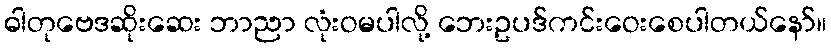
ဓါတုဗေဒဆိုးဆေး ဘာညာ လုံးဝမပါလို့ ဘေးဥပဒ်ကင်းဝေးစေပါတယ်နော်။